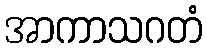
အာကာသဂတံ